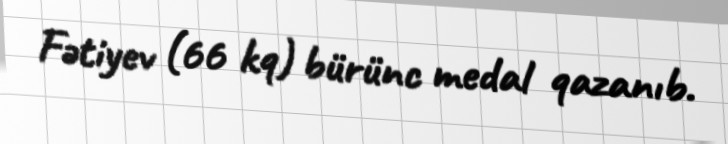
Fətiyev (66 kq) bürünc medal qazanıb.